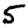
Digit: 5